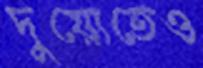
দুয়োতেও